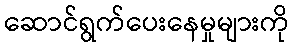
ဆောင်ရွက်ပေးနေမှုများကို